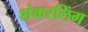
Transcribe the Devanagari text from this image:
शंकरलिंग